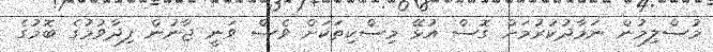
މުސްލިމުން ނަމާދުކުރުމަށް ގޮސް އުޅޭ މިސްކިތަކަށް ވެސް ވަނީ ޖާނުން ފިދާވުމުގެ ބޮމުގެ